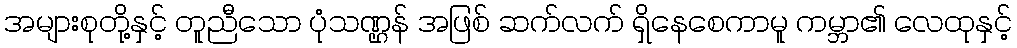
အများစုတို့နှင့် တူညီသော ပုံသဏ္ဌန် အဖြစ် ဆက်လက် ရှိနေစေကာမူ ကမ္ဘာ၏ လေထုနှင့်